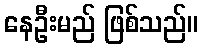
နေဦးမည် ဖြစ်သည်။